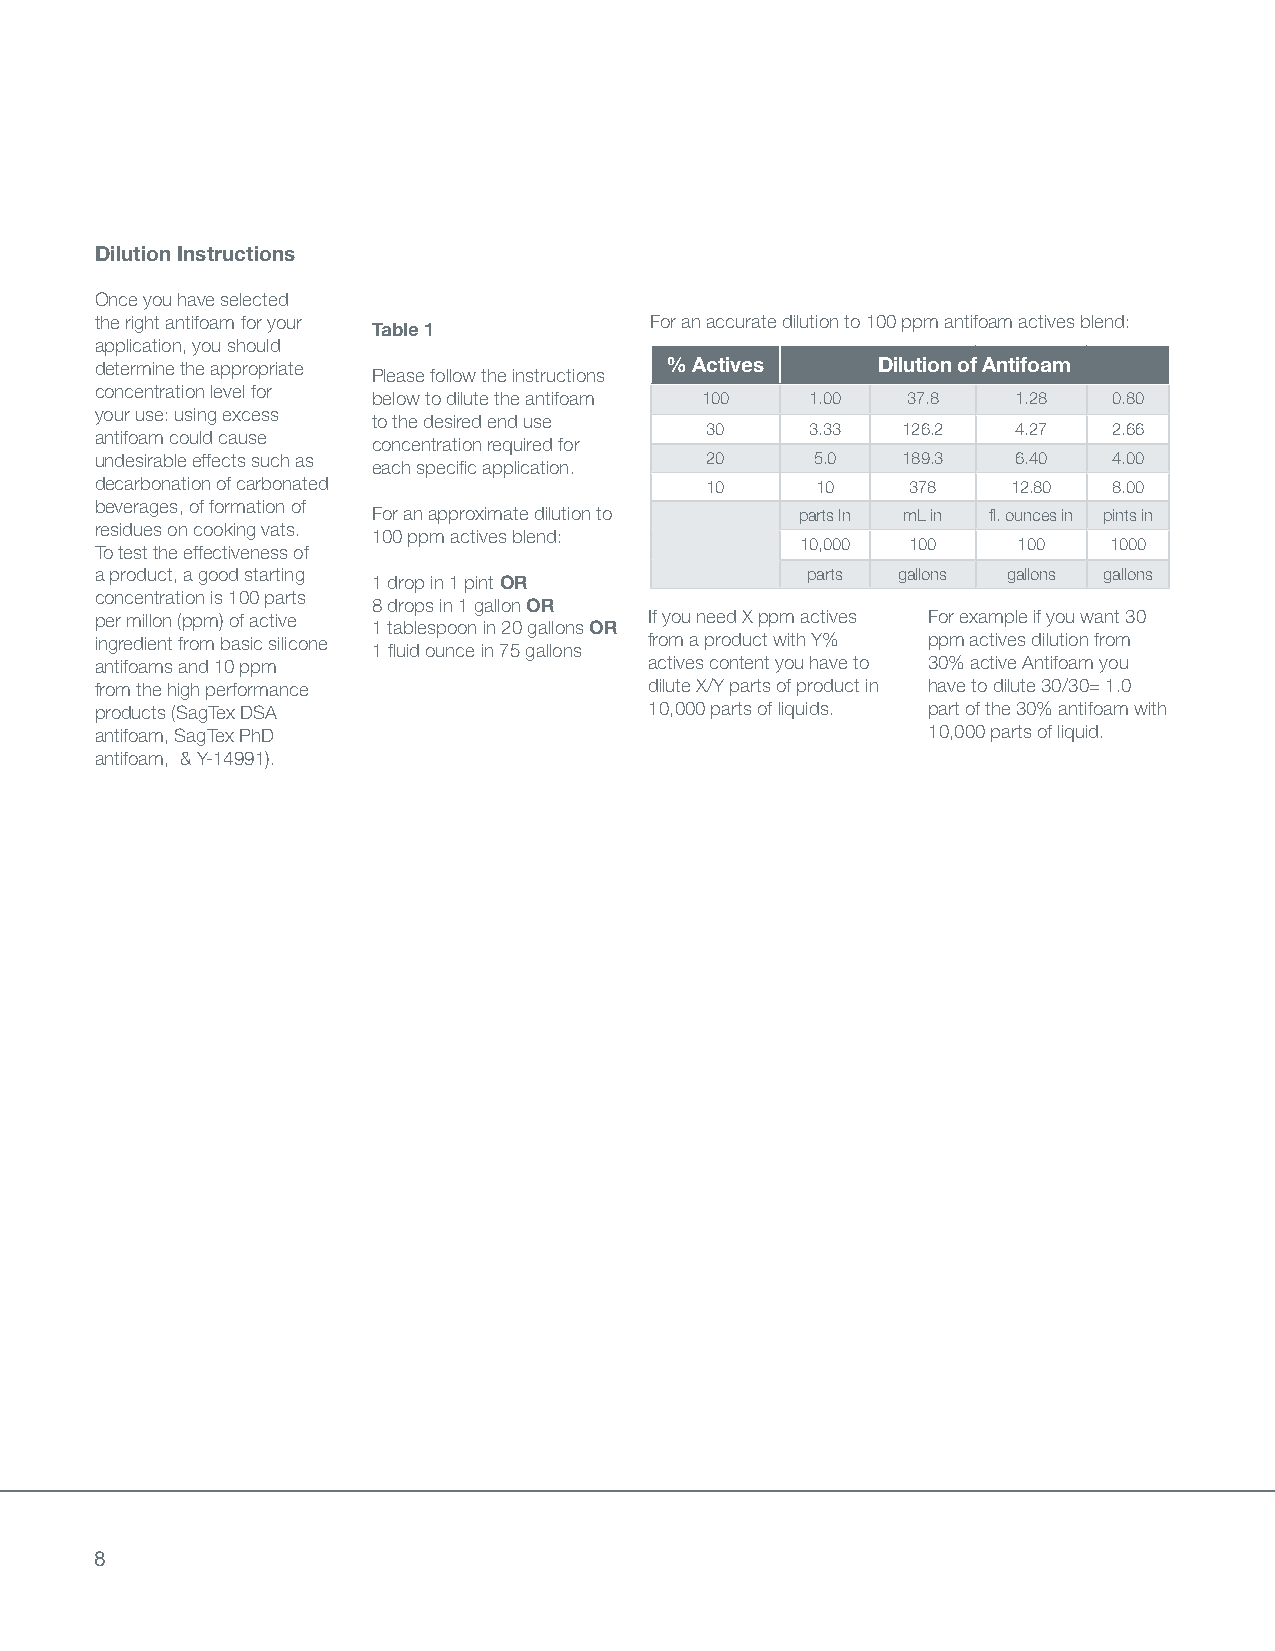
Dilution Instructions
 Once you have selected
 the right antifoam for your          For an accurate dilution to 100 ppm antifoam actives blend:
 Table 1
 application, you should
 determine the appropriate             % Actives     Dilution of Antifoam
 Please follow the instructions
 concentration level for
 below to dilute the antifoam 100 1.00 37.8 1.28  0.80
 your use: using excess
 to the desired end use
 30     3.33  126.2  4.27   2.66
 antifoam could cause
 concentration required for
 undesirable effects such as              20     5.0   189.3  6.40   4.00
 each specific application.
 decarbonation of carbonated              10     10    378    12.80  8.00
 beverages, of formation of
 For an approximate dilution to parts In mL in fl. ounces in pints in
 residues on cooking vats.
 100 ppm actives blend:
 10,000 100    100   1000
 To test the effectiveness of
 a product, a good starting                     parts gallons gallons gallons
 1 drop in 1 pint OR
 concentration is 100 parts
 8 drops in 1 gallon OR
 per millon (ppm) of active           If you need X ppm actives For example if you want 30
 1 tablespoon in 20 gallons OR
 ingredient from basic silicone       from a product with Y% ppm actives dilution from
 1 fluid ounce in 75 gallons
 antifoams and 10 ppm                 actives content you have to 30% active Antifoam you
 from the high performance            dilute X/Y parts of product in have to dilute 30/30= 1.0
 products (SagTex DSA                 10,000 parts of liquids. part of the 30% antifoam with
 antifoam, SagTex PhD                                   10,000 parts of liquid.
 antifoam, & Y-14991).
 8